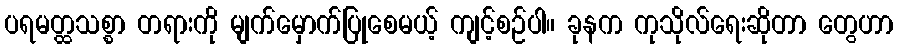
ပရမတ္ထသစ္စာ တရားကို မျက်မှောက်ပြုစေမယ့် ကျင့်စဉ်ပါ။ ခုနက ကုသိုလ်ရေးဆိုတာ တွေဟာ